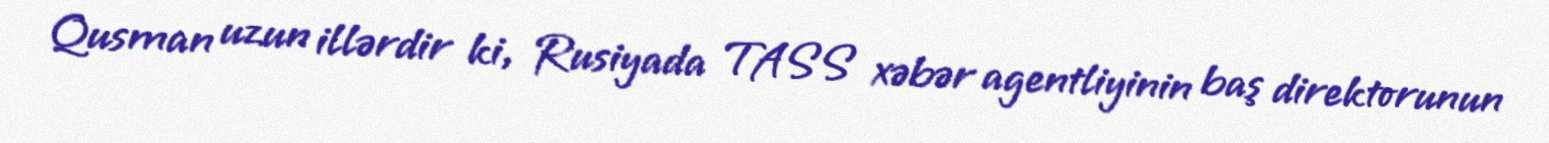
Qusman uzun illərdir ki, Rusiyada TASS xəbər agentliyinin baş direktorunun